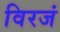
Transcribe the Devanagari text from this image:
विरजं